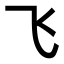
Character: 飞